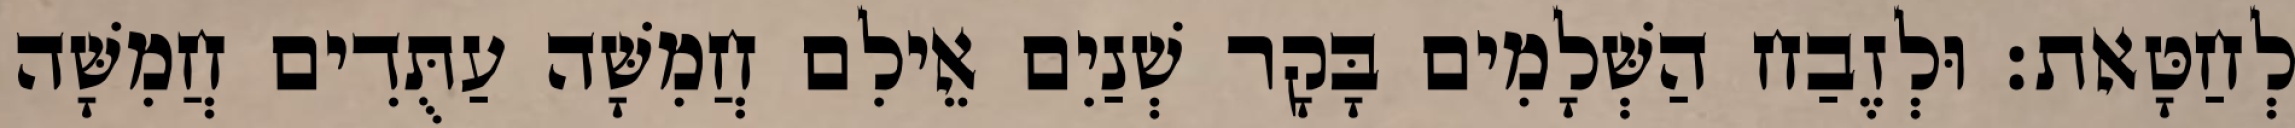
לְחַטָּאת׃ וּלְזֶבַח הַשְּׁלָמִים בָּקָר שְׁנַיִם אֵילִם חֲמִשָּׁה עַתֻּדִים חֲמִשָּׁה